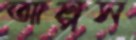
আল্পস